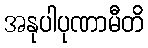
အနုပါပုဏာမီတိ